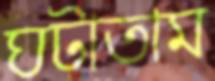
ঘটাতাম